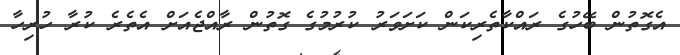
އެގޮތުން ބޭހުގެ ރައްކާތެރިކަން ކަށަވަރު ކުރުމުގެ ގޮތުން ރާއްޖެއަށް އެތެރެ ކުރާ ހުރިހާ